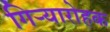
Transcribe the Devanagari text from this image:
गिऱ्यारोहक